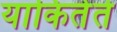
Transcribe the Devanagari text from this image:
याकितेते